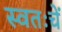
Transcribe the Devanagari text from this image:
स्वतःचें